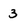
Character: 3